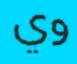
وي